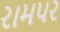
રામપર